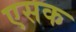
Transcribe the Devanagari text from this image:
एसक